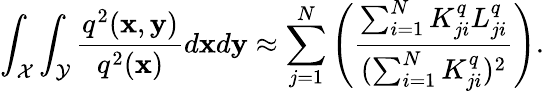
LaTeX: \int_{\mathcal{X}}\int_{\mathcal{Y}}\frac{q^{2}(\mathbf{x},\mathbf{y})}{q^{2}(\mathbf{x})}d\mathbf{x}d\mathbf{y}\approx\sum_{j=1}^{N}\left(\frac{\sum_{i=1}^{N}K_{ji}^{q}L_{ji}^{q}}{(\sum_{i=1}^{N}K_{ji}^{q})^{2}}\right).